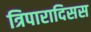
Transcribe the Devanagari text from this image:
त्रिपारादिसस